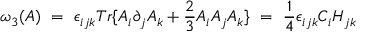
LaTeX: \omega _ { 3 } ( A ) \ = \ \epsilon _ { i j k } T r \{ A _ { i } \partial _ { j } A _ { k } + \frac { 2 } { 3 } A _ { i } A _ { j } A _ { k } \} \ = \ \frac { 1 } { 4 } \epsilon _ { i j k } C _ { i } H _ { j k }